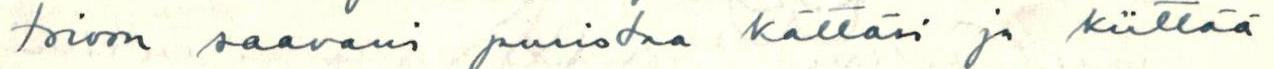
toivon saavani puristaa kättäsi ja kiittää